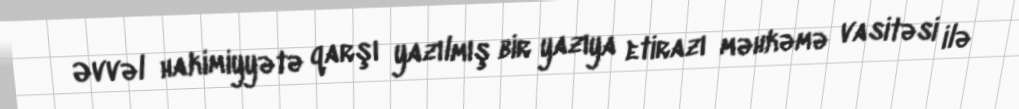
Əvvəl hakimiyyətə qarşı yazılmış bir yazıya etirazı məhkəmə vasitəsi ilə